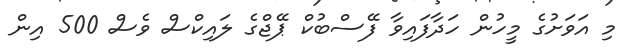
މި އަވަށުގެ މީހުން ހަދާފައިވާ ފޭސްބުކް ޕޭޖްގެ ލައިކްސް ވެސް 500 އިން